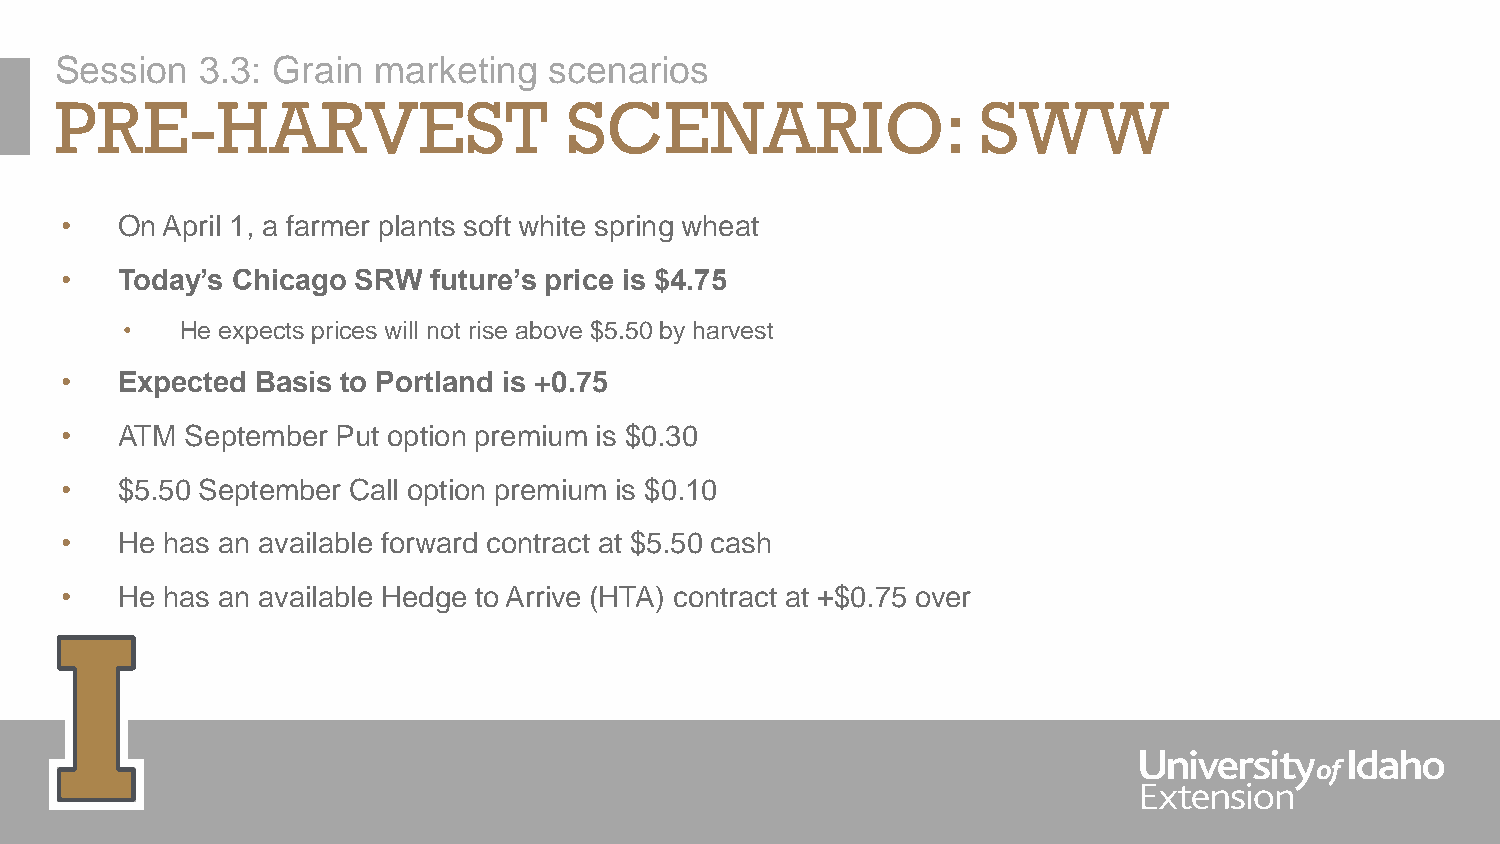
Session  3.3: Grain  marketing  scenarios
 PRE-HARVEST                       SCENARIO:                  SWW
 •   On April 1, a farmer plants soft white spring wheat
 •   Today’s Chicago SRW  future’s price is $4.75
 •   He expects prices will not rise above $5.50 by harvest
 •   Expected Basis to Portland is +0.75
 •   ATM September Put option premium is $0.30
 •   $5.50 September Call option premium is $0.10
 •   He has an available forward contract at $5.50 cash
 •   He has an available Hedge to Arrive (HTA) contract at +$0.75 over